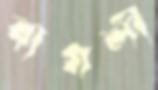
বাগলী